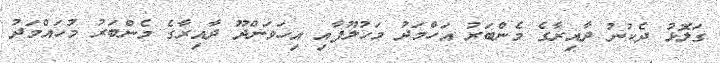
ގަލޮޅު ދެކުނު ދާއިރާގެ މެންބަރު އަހްމަދު މަހުލޫފާއި އިހަވަންދޫ ދާއިރާގެ މެންބަރު މުހައްމަދު